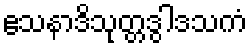
ဧသနာဒိသုတ္တဒွါဒသကံ